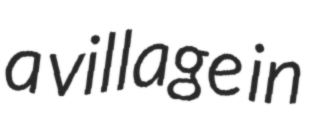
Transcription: a village in